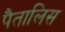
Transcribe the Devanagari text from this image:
पैतालिस